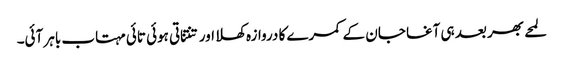
لمحے بھر بعد ہی آغا جان کے کمرے کا دروازہ کھلا اور تنتناتی ہوئی تائی مہتاب باہر آئی۔